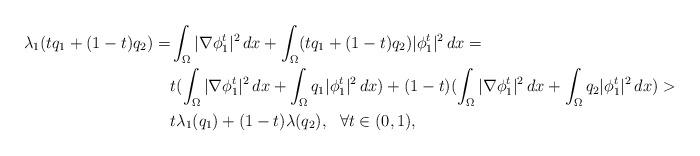
LaTeX: \begin{align*}\lambda_1(t q_1+(1-t) q_2)=&\int_{\Omega}|\nabla \phi_1^t|^2\, dx+\int_{\Omega}(t q_1+(1-t) q_2)|\phi_1^t|^2\, dx =\\& t( \int_{\Omega}|\nabla \phi_1^t|^2\, dx+\int_{\Omega}q_1|\phi_1^t|^2\, dx) +(1-t)( \int_{\Omega}|\nabla \phi_1^t|^2\, dx+\int_{\Omega}q_2|\phi_1^t|^2\, dx) >\\&t\lambda_1( q_1) +(1-t)\lambda(q_2),~~\forall t \in (0,1),\end{align*}